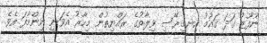
ނުފޫޒު ގަދަ ގައުމު އިނގިރޭސި ވިލާތުގެ ރައްޔިތުން މިހާރު އެވަނީ ނިންމާފަ އެވެ.